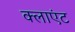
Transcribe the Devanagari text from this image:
क्‍लाएंट